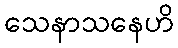
သေနာသနေဟိ